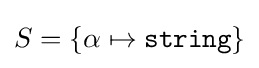
S=\left\{\alpha \mapsto {\texttt {string}}\right\}